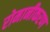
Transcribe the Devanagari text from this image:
रोमानीकरण